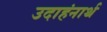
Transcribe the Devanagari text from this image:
उदाहंनार्थ